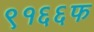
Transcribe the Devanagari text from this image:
९१६६फ